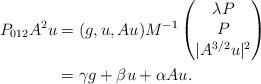
LaTeX: \begin{align*}P_{012}A^2u&=(g,u,Au)M^{-1}\begin{pmatrix}\lambda P\\P\\|A^{3/2}u|^2\end{pmatrix}\\&=\gamma g+\beta u+\alpha Au.\end{align*}